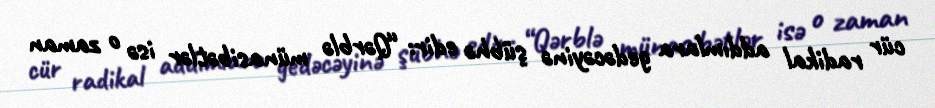
cür radikal addımlara gedəcəyinə şübhə edir: “Qərblə münasibətlər isə o zaman